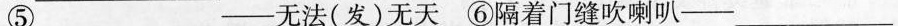
⑤___——无法(发)无天⑥隔着门缝吹喇叭——___